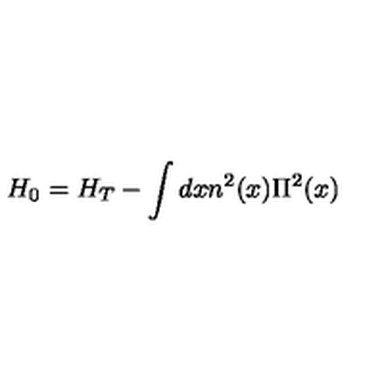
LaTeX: H _ { 0 } = H _ { T } - \int d x n ^ { 2 } ( x ) \Pi ^ { 2 } ( x )